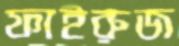
ফাইরুজ